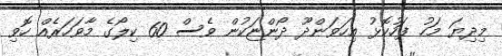
މިދިޔަ މަހު ފަހުކޮޅު އިހަވަންދޫ ދޯންޏަކުން ވެސް 60 ކިލޯގެ މާވަހަރެއް ހޮވި